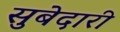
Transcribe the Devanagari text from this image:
सुबेदारी